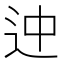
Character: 迚